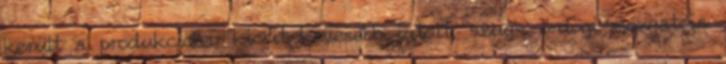
került a produkcióba, kicsit kevesebb jutott, szug- ördögi mozgatója